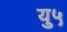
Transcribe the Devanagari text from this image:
यु५